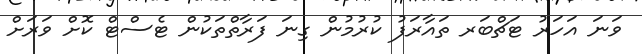
ވަނަ އަހަރު ޓަޗްބަރ ތައާރަފު ކުރުމުން ގިނަ ފަރާތްތަކުން ޓެސްޓް ކޮށް ވަރަށް